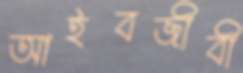
আইবজীবী